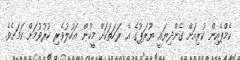
ކެމްޕެއިން ކުރިއަށް ގެންދިޔައީ ޔޫރަޕުގެ އެ ރަހަތަކަށް މީހުން އަހުލުވެރި ކުރުވުމަށް ކަމަށެވެ.